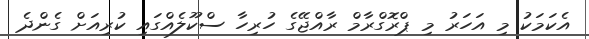
އެކަމަކު މި އަހަރު މި ޕްރޮގްރާމް ރާއްޖޭގެ ހުރިހާ ސްކޫލެއްގައި ކުރިއަށް ގެންދެ